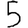
Digit: 5